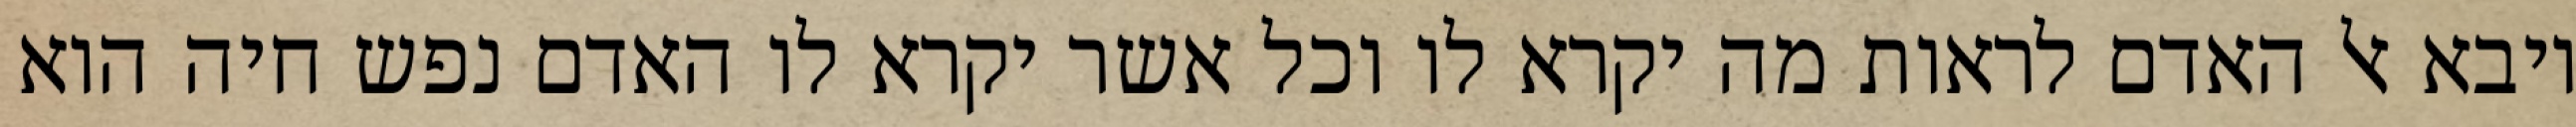
ויבא אל האדם לראות מה יקרא לו וכל אשר יקרא לו האדם נפש חיה הוא